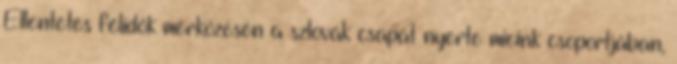
Ellentétes félidők mérkőzésén a szlovák csapat nyerte mieink csoportjában,